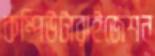
কম্পিউটারাইজেশন